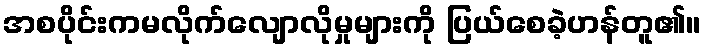
အစပိုင်းကမလိုက်လျောလိုမှုများကို ပြယ်စေခဲ့ဟန်တူ၏။